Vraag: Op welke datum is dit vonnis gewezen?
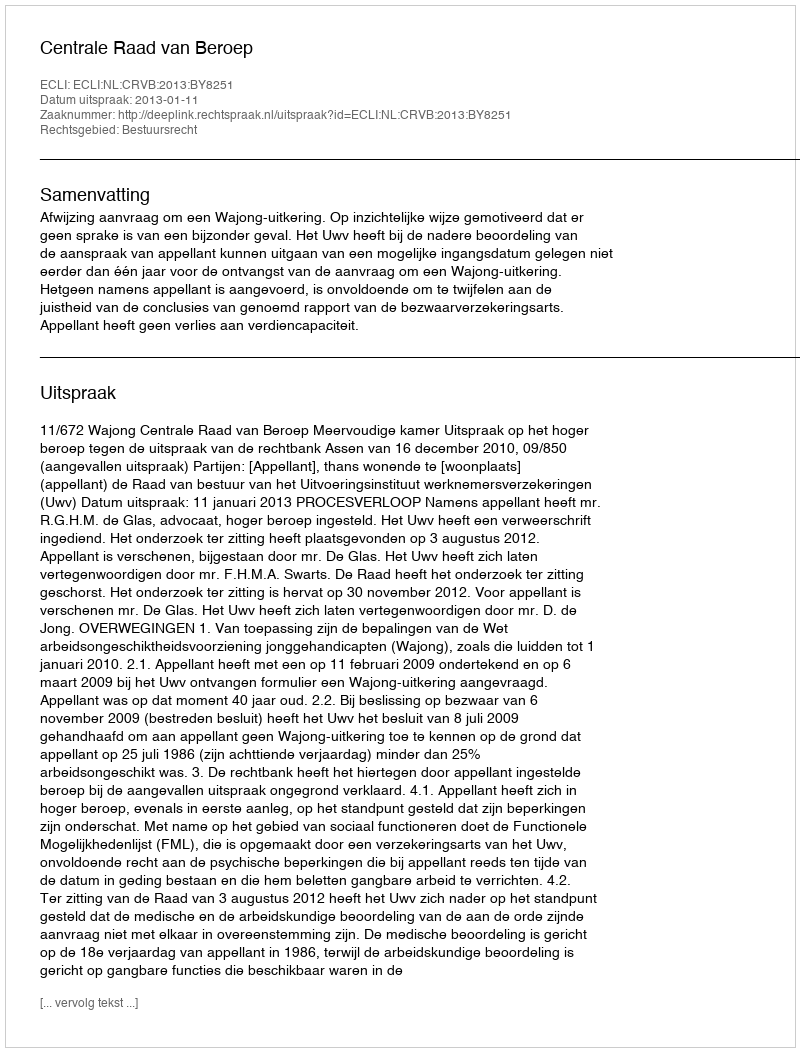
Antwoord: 2013-01-11